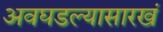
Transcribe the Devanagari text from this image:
अवघडल्यासारखं